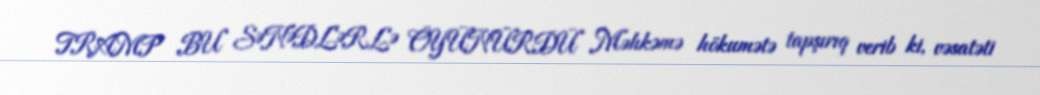
TRAMP BU SƏNƏDLƏRLƏ ÖYÜNÜRDÜ Məhkəmə hökumətə tapşırıq verib ki, vəsatəti